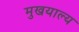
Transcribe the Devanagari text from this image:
मुखयाल्य